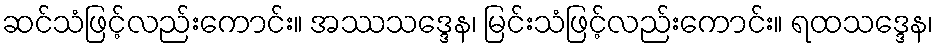
ဆင်သံဖြင့်လည်းကောင်း။ အဿသဒ္ဒေန၊ မြင်းသံဖြင့်လည်းကောင်း။ ရထသဒ္ဒေန၊